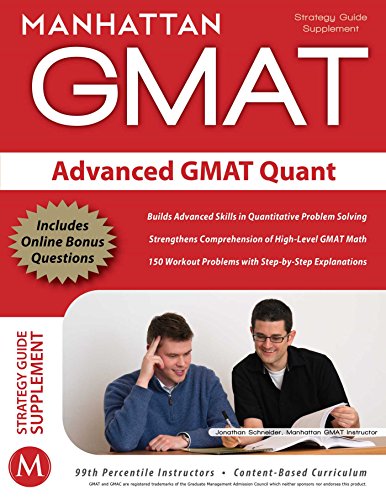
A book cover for Advanced GMAT Quant (Manhattan Prep GMAT Strategy Guides); Manhattan GMAT; Test Preparation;